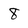
Character: 8